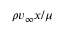
\rho v _ { \infty } x / \mu